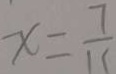
x = \frac { 7 } { 1 1 }